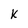
Character: k